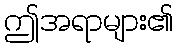
ဤအရာများ၏